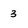
Character: 3